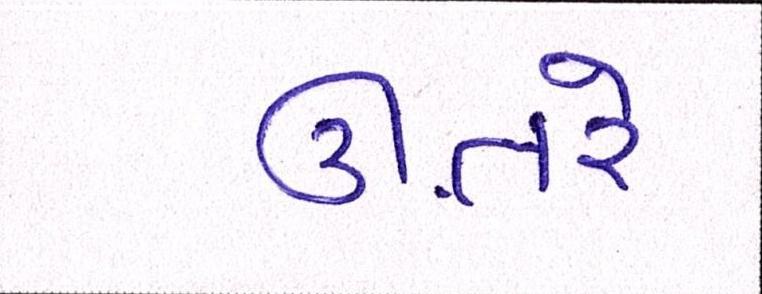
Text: ઊતરે